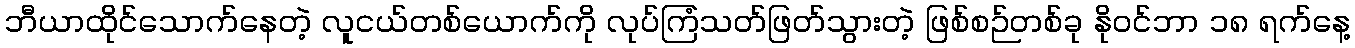
ဘီယာထိုင်သောက်နေတဲ့ လူငယ်တစ်ယောက်ကို လုပ်ကြံသတ်ဖြတ်သွားတဲ့ ဖြစ်စဉ်တစ်ခု နိုဝင်ဘာ ၁၈ ရက်နေ့